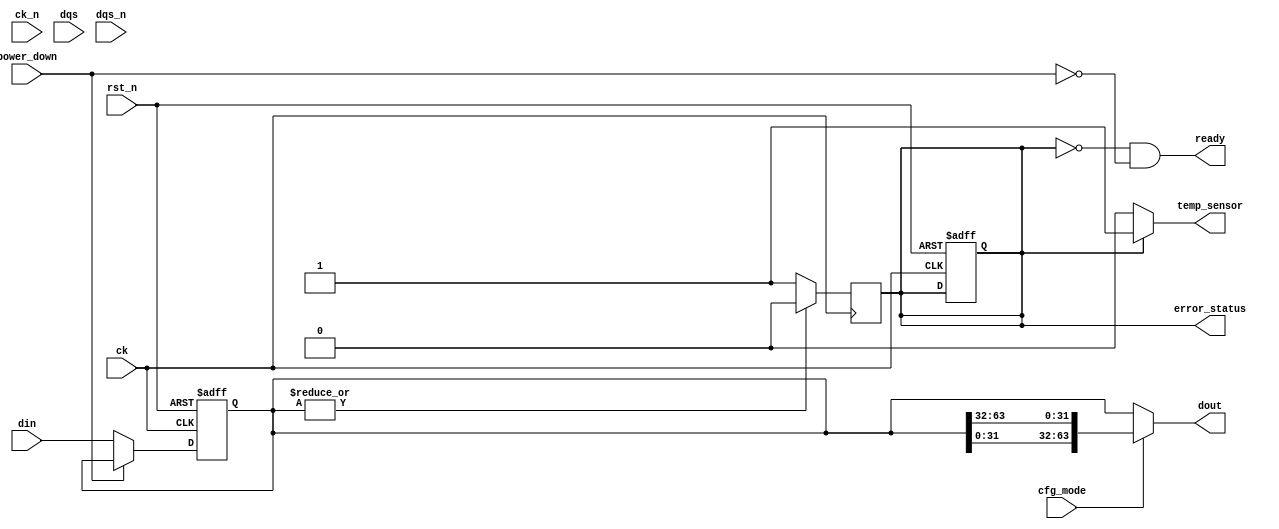
module gddr6x_io_block (
    input wire [63:0] din,           // Wide data input (64-bit)
    input wire           ck,          // Differential clock signal
    input wire           ck_n,        // Inverted differential clock
    input wire           dqs,         // Data strobe input
    input wire           dqs_n,       // Inverted data strobe input
    output wire [63:0] dout,          // Wide data output (64-bit)
    input wire           rst_n,       // Active low reset
    input wire           power_down,   // Power down input
    input wire           cfg_mode,     // Configuration mode input
    output wire          error_status, // Error correction status
    output wire          temp_sensor,   // Temperature sensor output
    output wire          ready          // Ready signal
);

    // Internal signals
    reg [63:0] data_reg;               // Register to hold incoming data
    wire [63:0] preprocessed_data;     // Preprocessed data before output
    reg error_detected;                // Error detection flag

    // Input/Output Buffers (Sample logic for input buffer)
    always @(posedge ck or negedge rst_n) begin
        if (!rst_n) begin
            data_reg <= 64'b0;
            error_detected <= 1'b0;
        end else if (power_down) begin
            data_reg <= data_reg; // Maintain state during power down
        end else begin
            data_reg <= din; // Sample incoming data
        end
    end

    // Simplistic error correction logic (example)
    always @(posedge ck) begin
        // Pseudo error detection logic
        if (|data_reg[63:0]) begin
            error_detected <= 1'b0; // Assume no error
        end else begin
            error_detected <= 1'b1; // Error detected
        end
    end
    
    assign error_status = error_detected; // Connect error status

    // Data processing (example pseudocode for PAM4 processing)
    assign preprocessed_data = (cfg_mode) ? {data_reg[31:0], data_reg[63:32]} : data_reg; // Example configuration

    // Output data (for example, with signal integrity features)
    assign dout = preprocessed_data; // Drive processed data to output

    // Thermal sensor dummy logic
    assign temp_sensor = (error_detected) ? 1'b1 : 1'b0; // Example of simple thermal indication

    // Indicate readiness based on some simple logic
    assign ready = ~error_detected && ~power_down; // Ready when no error and not in power down

endmodule